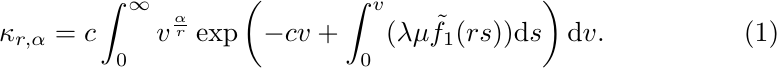
\begin{equation}
	\kappa_{r,\alpha}=c\int_{0}^{\infty}v^{\frac{\alpha}{r}}
	\exp\left(-cv+\int_{0}^{v}(\lambda\mu\tilde{f_1}(rs))\mathrm{d}
	s\right)\mathrm{d} v.
	\label{B.7}
\end{equation}